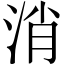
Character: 消